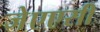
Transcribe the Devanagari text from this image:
जेएएसी